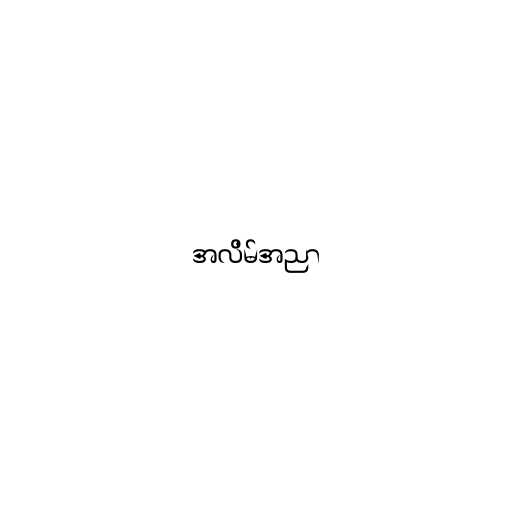
အလိမ်အညာ